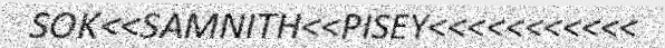
SOK<<SAMNITH<<PISEY<<<<<<<<<<<